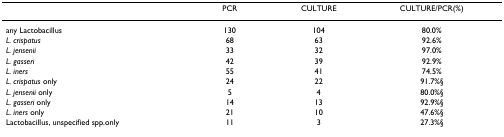
<table><thead><tr><td></td><td><b>PCR</b></td><td><b>CULTURE</b></td><td><b>CULTURE/PCR(%)</b></td></tr></thead><tbody><tr><td>any Lactobacillus</td><td>130</td><td>104</td><td>80.0%</td></tr><tr><td><i>L. crispatus</i></td><td>68</td><td>63</td><td>92.6%</td></tr><tr><td><i>L. jensenii</i></td><td>33</td><td>32</td><td>97.0%</td></tr><tr><td><i>L. gasseri</i></td><td>42</td><td>39</td><td>92.9%</td></tr><tr><td><i>L. iners</i></td><td>55</td><td>41</td><td>74.5%</td></tr><tr><td><i>L. crispatus </i>only</td><td>24</td><td>22</td><td>91.7%§</td></tr><tr><td><i>L. jensenii </i>only</td><td>5</td><td>4</td><td>80.0%§</td></tr><tr><td><i>L. gasseri </i>only</td><td>14</td><td>13</td><td>92.9%§</td></tr><tr><td><i>L. iners </i>only</td><td>21</td><td>10</td><td>47.6%§</td></tr><tr><td>Lactobacillus, unspecified spp.only</td><td>11</td><td>3</td><td>27.3%§</td></tr></tbody></table>